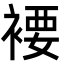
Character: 䙅